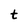
Character: t